Civil Veterinary Department. Madras. Admin. report 1926-33 - 1926-1933
Year: 1926
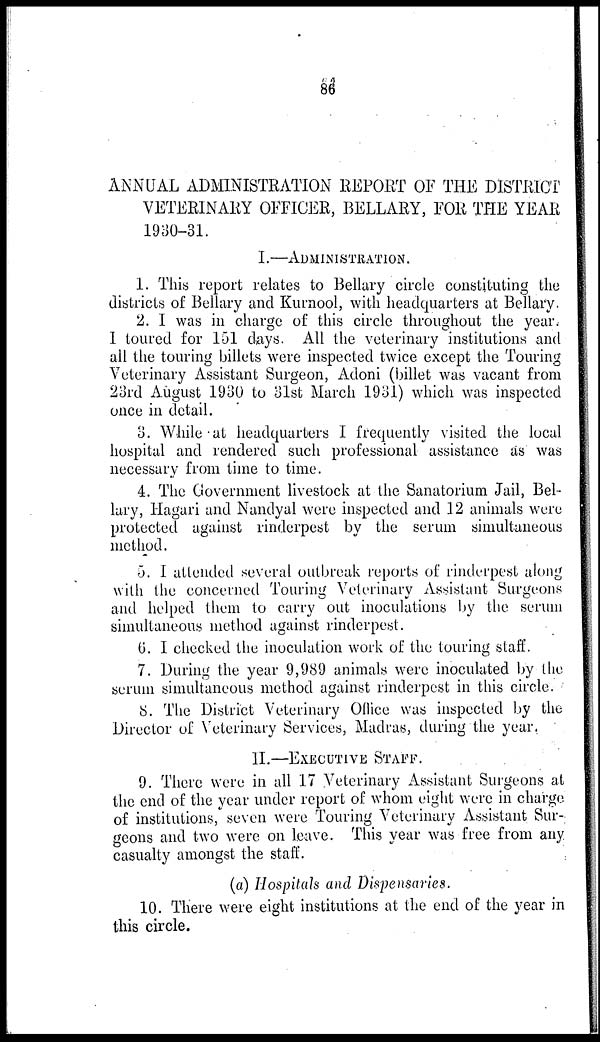
86
ANNUAL ADMINISTRATION REPORT OF THE DISTRICT
VETERINARY OFFICER, BELLARY, FOR THE YEAR
1930-31.
I.—ADMINISTRATION.
1. This report relates to Bellary circle constituting the
districts of Bellary and Kurnool, with headquarters at Bellary.
2. I was in charge of this circle throughout the year.
I toured for 151 days. All the veterinary institutions and
all the touring billets were inspected twice except the Touring
Veterinary Assistant Surgeon, Adoni (billet was vacant from
23rd August 1930 to 31st March 1931) which was inspected
once in detail.
3. While at headquarters I frequently visited the local
hospital and rendered such professional assistance as was
necessary from time to time.
4. The Government livestock at the Sanatorium Jail, Bel-
lary, Hagari and Nandyal were inspected and 12 animals were
protected against rinderpest by the serum simultaneous
method.
5. I attended several outbreak reports of rinderpest along
with the concerned Touring Veterinary Assistant Surgeons
and helped them to carry out inoculations by the serum
simultaneous method against rinderpest.
6. I checked the inoculation work of the touring staff.
7. During the year 9,989 animals were inoculated by-the
serum simultaneous method against rinderpest in this circle.
8. The District Veterinary Office was inspected by the
Director of Veterinary Services, Madras, during the year.
II.—EXECUTIVE STAFF.
9. There were in all 17 Veterinary Assistant Surgeons at
the end of the year under report of whom eight were in charge
of institutions, seven were Touring Veterinary Assistant Sur-
geons and two were on leave. This year was free from any
casualty amongst the staff.
(a) Hospitals and Dispensaries.
10.There were eight institutions at the end of the year in
this circle.